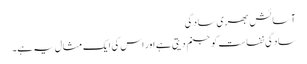
آسائش بھری سادگی
سادگی نفاست کو جنم دیتی ہے اور اس کی ایک مثال یہ ہے۔